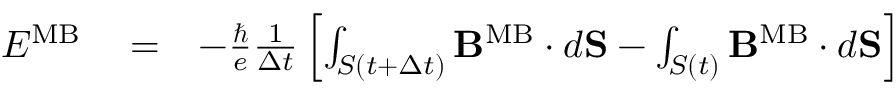
\begin{array} { r l r } { { \cal E } ^ { \mathrm { M B } } } & { { } = } & { - { \frac { \hbar } { e } } { \frac { 1 } { \Delta t } } \left[ \int _ { S ( t + \Delta t ) } { \bf B } ^ { \mathrm { M B } } \cdot d { \bf S } - \int _ { S ( t ) } { \bf B } ^ { \mathrm { M B } } \cdot d { \bf S } \right] } \end{array}